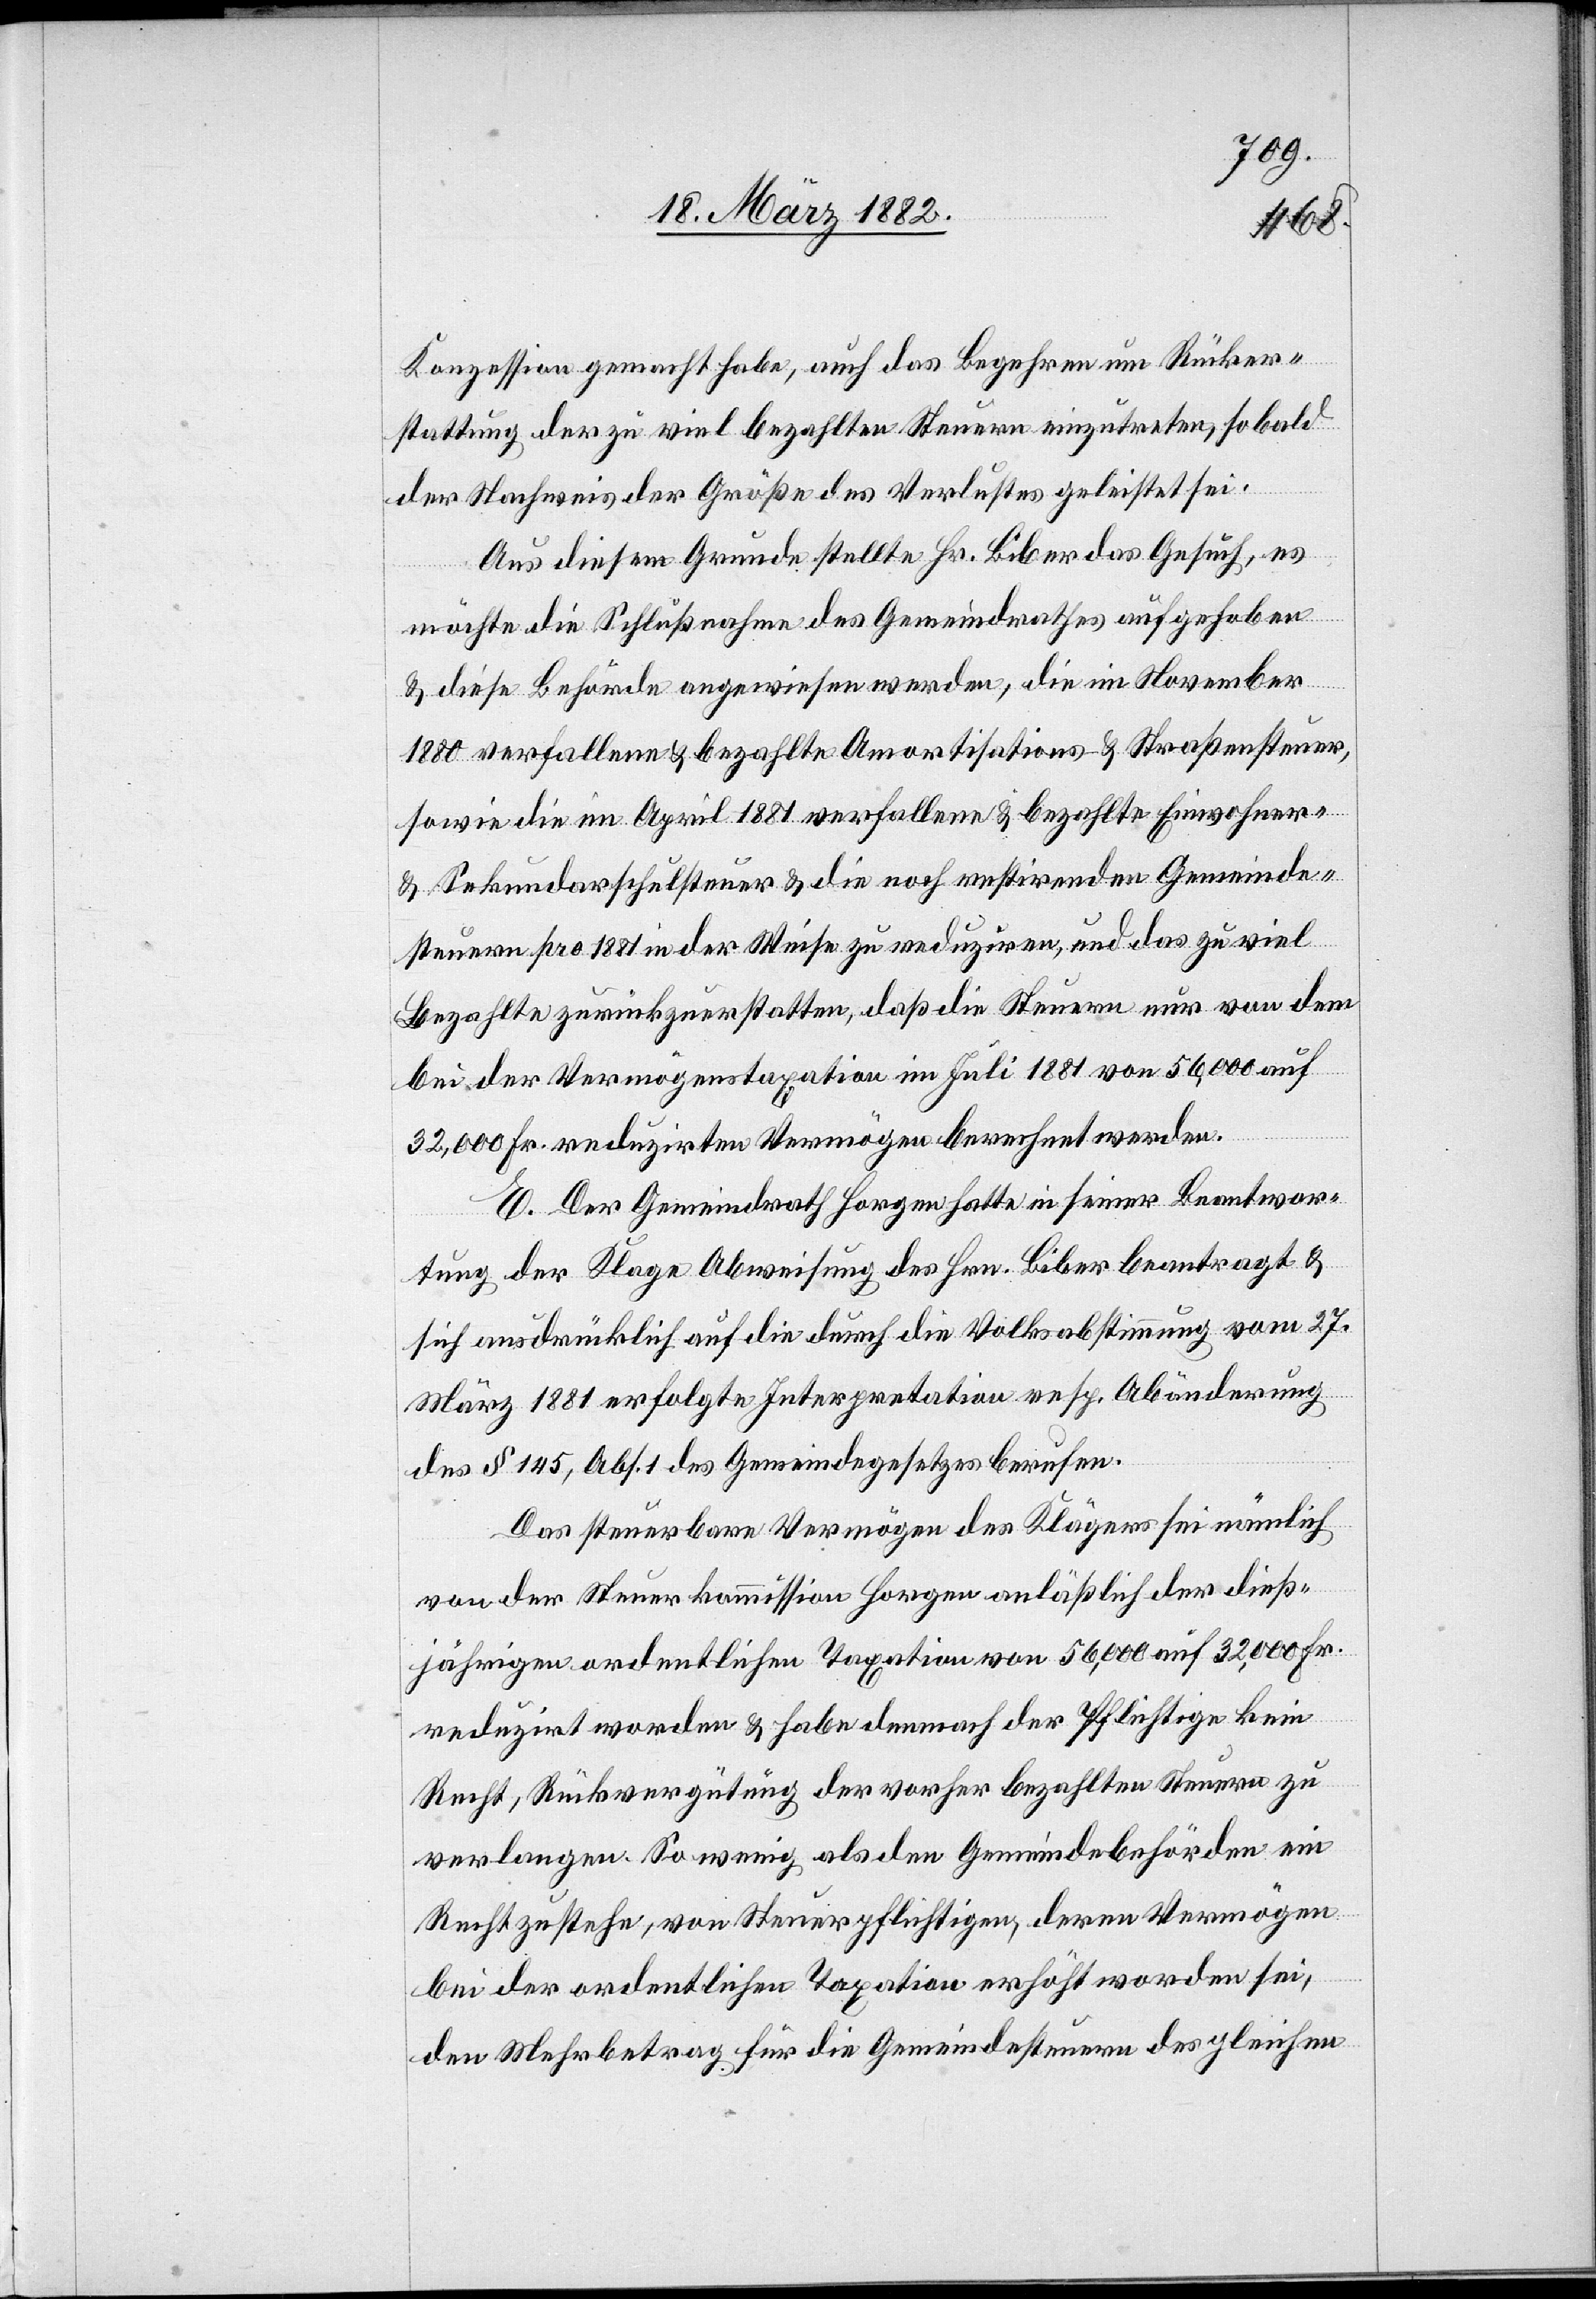
Konzession gemacht habe, auf das Begehren um Rücker¬
stattung der zu viel bezahlten Steuern einzutreten, sobald
der Nachweis der Größe des Verlustes geleistet sei.
Aus diesem Grunde stellte Hr. Biber das Gesuch, es
möchte die Schlußnahme des Gemeindrathes aufgehoben
& diese Behörde angewiesen werden, die im November
1880 verfallenen & bezahlte Amortisations- & Straßensteuer,
sowie die im April 1881 verfallene & bezahlte Einwohner-
& Sekundarschulsteuer & die noch restirende Gemeinde¬
steuer pro 1881 in der Weise zu reduziren, und das zu viel
bezahlte zurückzuerstatten, daß die Steuern nur von dem
bei der Vermögenstaxation im Juli 1881 von 56,000 auf
32,000 Fr. reduzirten Vermögen berechnet werden.
E. Der Gemeindrath Horgen hatte in seiner Beantwor¬
tung der Klage Abweisung des Hrn. Biber beantragt &
sich ausdrücklich auf die durch die Volksabstimmung vom 27.
März 1881 erfolgte Interpretation resp. Abänderung
des § 145, Abs. 1 des Gemeindegesetzes berufen.
Das steuerbare Vermögen des Klägers sei nämlich
von der Steuerkommission Horgen anläßlich der dieß¬
jährigen ordentlichen Taxation von 56,000 auf 32,000 Fr.
reduzirt worden & habe demnach der Pflichtige kein
Recht, Rückvergütung der vorher bezahlten Steuern zu
verlangen. So wenig, als den Gemeindebehörden ein
Recht zustehe, von Steuerpflichtigen, deren Vermögen
bei der ordentlichen Taxation erhöht worden sei,
den Mehrbetrag für die Gemeindesteuern des gleichen